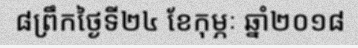
៨ព្រឹកថ្ងៃទី២៤ ខែកុម្ភៈ ឆ្នាំ២០១៨